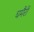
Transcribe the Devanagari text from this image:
घमैरी